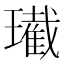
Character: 𤪚